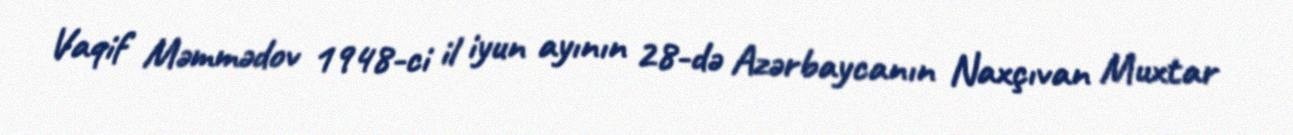
Vaqif Məmmədov 1948-ci il iyun ayının 28-də Azərbaycanın Naxçıvan Muxtar